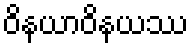
ဝိနယာဝိနယဿ